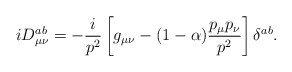
\begin{align*}iD_{\mu\nu}^{ab} =-\frac i{p^2} \left[g_{\mu\nu}-(1-\alpha)\frac{p_\mu p_\nu}{p^2}\right]\delta^{ab} .\end{align*}